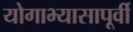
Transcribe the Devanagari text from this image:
योगाभ्यासापूर्वी